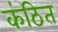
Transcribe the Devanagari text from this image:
कंठित